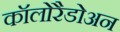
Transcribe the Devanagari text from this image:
कॉलोरैडोअन